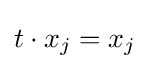
t\cdot x_{j}=x_{j}